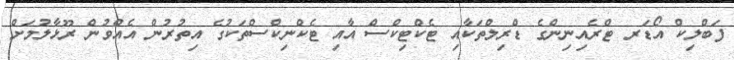
ފަބްލިކް އޯޑަރ ޓްރެއިނިންގެ ޑްރިލްތަކާއި ޓެކްޓިކްސް އާއި ޓެކްނިކްސްތަކުގެ އިތުރުން އެއްވުން ރޫޅާލުމަށް